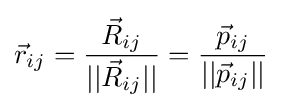
{\vec {r}}_{ij}={\frac {{\vec {R}}_{ij}}{||{\vec {R}}_{ij}||}}={\frac {{\vec {p}}_{ij}}{||{\vec {p}}_{ij}||}}